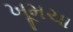
ખૂમચા